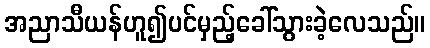
အညာသီယန်ဟူ၍ပင်မှည့်ခေါ်သွားခဲ့လေသည်။